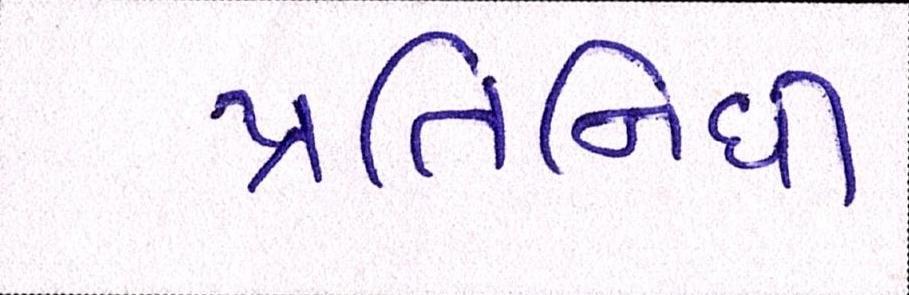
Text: પ્રતિનિધી